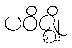
ပဝိဇ္ဈိ